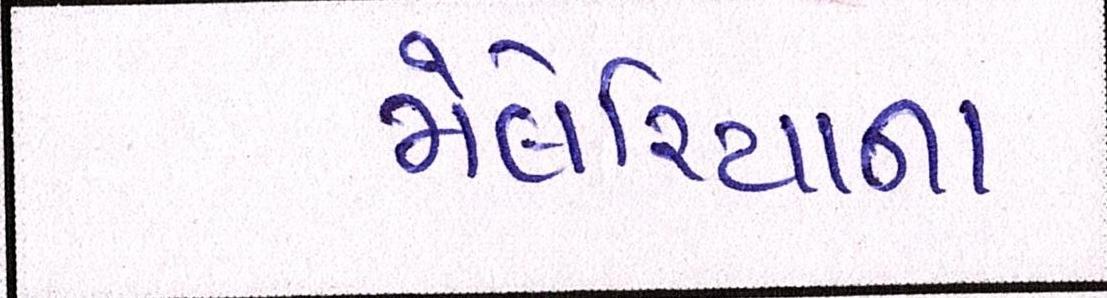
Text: મેલેરિયાના